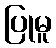
ပြုမူ